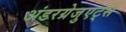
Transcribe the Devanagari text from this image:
अंडरग्रेजुएट्स